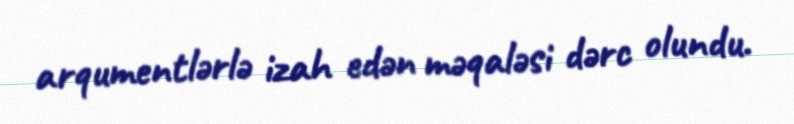
arqumentlərlə izah edən məqaləsi dərc olundu.